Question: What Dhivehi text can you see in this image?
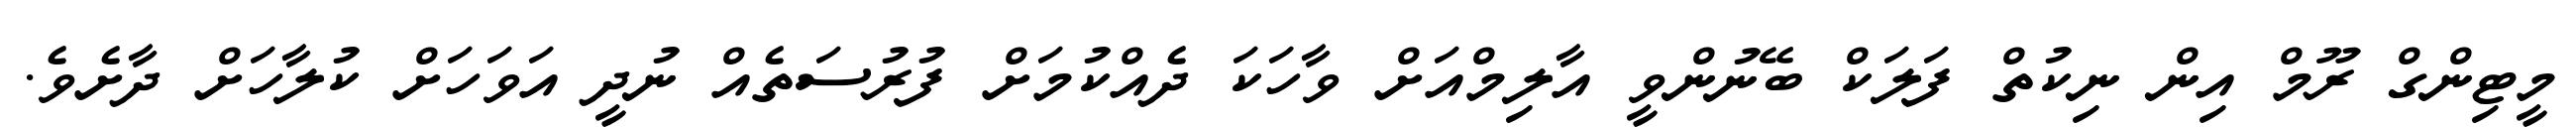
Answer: މީޓިންގް ރޫމް އިން ނިކުތް ފަލަކް ބޭނުންވީ އާލިމްއަށް ވާހަކަ ދެއްކުމަށް ފުރުސަތެއް ނުދީ އަވަހަށް ކުލާހަށް ދާށެވެ.